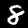
Digit: 8